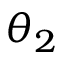
\theta _ { 2 }